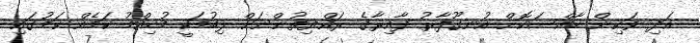
އަދި ވަކިން ޚާއްސަކޮށް އުނގޫފާރު ދާއިރާގެ ރައްޔިތުންނަށް ލިބުމަކީ މުހިއްމު ކަމެއް ކަމުގައި